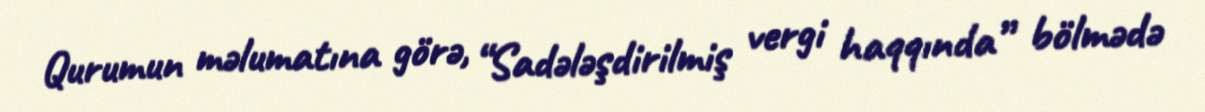
Qurumun məlumatına görə, “Sadələşdirilmiş vergi haqqında” bölmədə